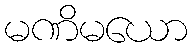
မဏိမယော